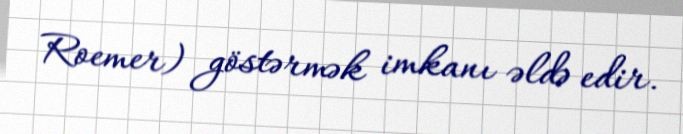
Roemer) göstərmək imkanı əldə edir.